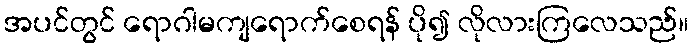
အပင်တွင် ရောဂါမကျရောက်စေရန် ပို၍ လိုလားကြလေသည်။